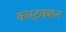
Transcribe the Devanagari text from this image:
कांस्ट्रक्शन